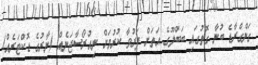
ގަންގްރާޑެ ބުނާ ގޮތުގައި ބަބްލޫގެ އަތަށް ފަރުވާ ކުރުމަށް ނިއުރޯސާޖަނެއް (ނާރުގެ ޑޮކްޓަރެއް)